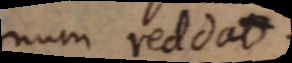
num reddat.